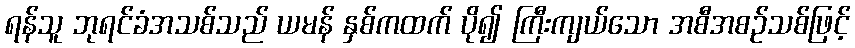
ရန်သူ ဘုရင်ခံအသစ်သည် ယမန် နှစ်ကထက် ပို၍ ကြီးကျယ်သော အစီအစဉ်သစ်ဖြင့်